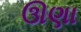
ઊણા